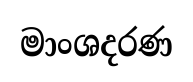
මාංශදරණ